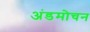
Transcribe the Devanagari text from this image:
अंडमोचन